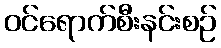
ဝင်ရောက်စီးနင်းစဉ်